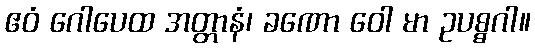
ဧဝံ ဂေါပေထ အတ္တာနံ၊ ခဏော ဝေါ မာ ဥပစ္စဂါ။